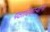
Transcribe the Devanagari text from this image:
पक्षाधिकाऱ्यांनी